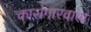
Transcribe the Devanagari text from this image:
कारागारवास